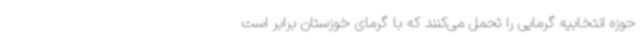
حوزه انتخابیه گرمایی را تحمل می‌کنند که با گرمای خوزستان برابر است